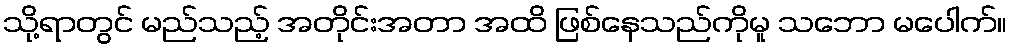
သို့ရာတွင် မည်သည့် အတိုင်းအတာ အထိ ဖြစ်နေသည်ကိုမူ သဘော မပေါက်။